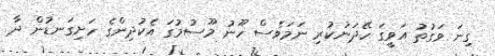
ގިނަ ވަގުތު އަވީގަ ހޭދަނުކުރި ނަމަވެސް ހޫނު މޫސުމުގަ އެކުދިންގެ ހަށިގަނޑުން ދާ